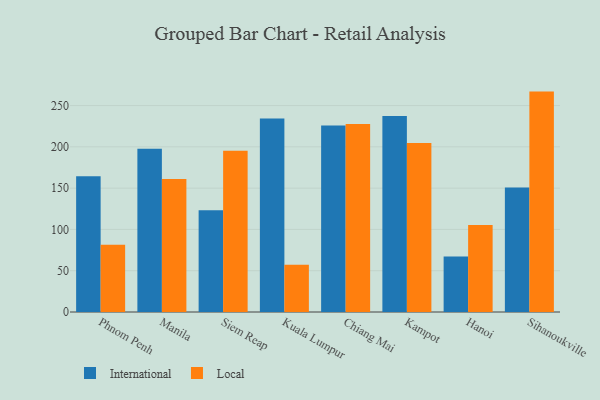
{"axis": {"x": "City", "y": "Bounce Rate (%)"}, "legend": ["International", "Local"], "data": [{"x": "Phnom Penh", "y": 164.5, "type": "International"}, {"x": "Phnom Penh", "y": 81.3, "type": "Local"}, {"x": "Manila", "y": 197.8, "type": "International"}, {"x": "Manila", "y": 161.1, "type": "Local"}, {"x": "Siem Reap", "y": 123.2, "type": "International"}, {"x": "Siem Reap", "y": 195.3, "type": "Local"}, {"x": "Kuala Lumpur", "y": 234.2, "type": "International"}, {"x": "Kuala Lumpur", "y": 57.3, "type": "Local"}, {"x": "Chiang Mai", "y": 225.8, "type": "International"}, {"x": "Chiang Mai", "y": 227.7, "type": "Local"}, {"x": "Kampot", "y": 237.4, "type": "International"}, {"x": "Kampot", "y": 204.6, "type": "Local"}, {"x": "Hanoi", "y": 67.3, "type": "International"}, {"x": "Hanoi", "y": 105.3, "type": "Local"}, {"x": "Sihanoukville", "y": 150.7, "type": "International"}, {"x": "Sihanoukville", "y": 266.9, "type": "Local"}]}